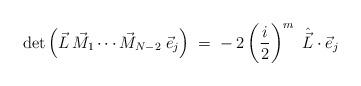
LaTeX: \begin{align*}\det \left( \vec{L}\,\vec{M}_1 \cdots \vec{M}_{N-2}\;\vec{e}_j\right)\;=\; -\,2 \left( \frac i 2 \right)^m \ \hat{\vec{L}} \cdot \vec{e}_j\end{align*}